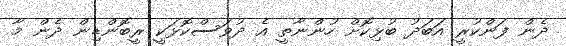
ދެން ފަންކުރީ އަބަދު ބުޅިކޮށް ހުންނާތީ އެ ދުވަސްކޮޅަކީ ރީބޮންޑިން ދެން މާ